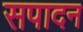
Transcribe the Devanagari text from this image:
सपादन